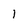
Character: 1